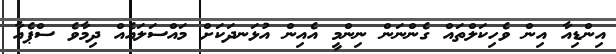
އިންޑިއާ އިން ވެހިކަލްތައް ގެންނަން ނިންމީ އެއިން އުޅަނދަކަށް މައްސަލައެއް ދިމާވެ ސްޕެއާ